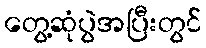
တွေ့ဆုံပွဲအပြီးတွင်